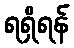
ရရှိရန်